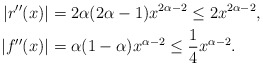
\begin{align*} |r''(x)|&=2\alpha(2\alpha-1)x^{2\alpha-2} \le 2x^{2\alpha-2},\\ |f''(x)|&=\alpha(1-\alpha)x^{\alpha-2} \le \frac{1}{4}x^{\alpha-2}.\end{align*}